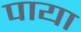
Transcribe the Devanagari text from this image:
पाया